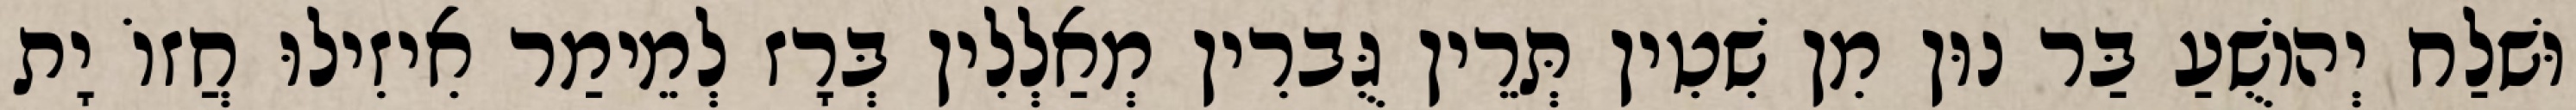
וּשׁלַח יְהוֹשֻׁעַ בַּר נוּן מִן שִׁטִין תְּרֵין גֻּברִין מְאַלְלִין בְּרָז לְמֵימַר אִיזִילוּ חֲזוֹ יָת